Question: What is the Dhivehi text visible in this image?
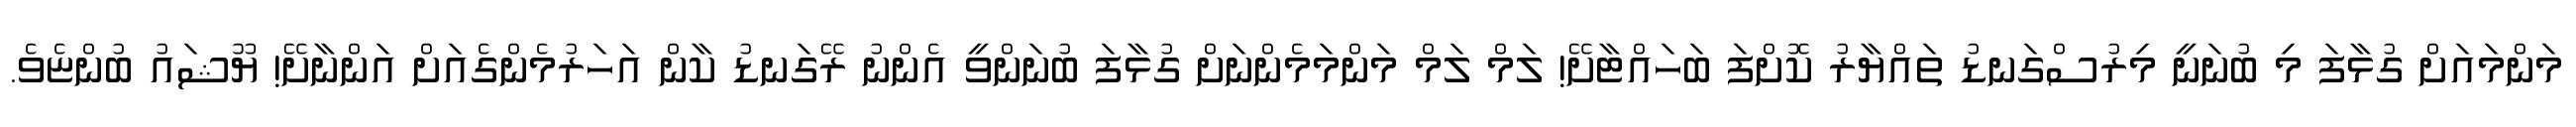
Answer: މަންމައަށް ގުޅާފަ މި ބުނަނީ މިރުސްގަނޑު ތައްޔާރު ކޮށްފަ ބަހައްޓާށޭ! ލަމް ލަމް މަންމަމެންނަށް ގުޅާފަ ބުނަންވީ އެންނު ރޭގަނޑު ކާން އަހަރުމެންގެއަށް އަންނާށޭ! ޔޫޝައު ބުންޏެވެ.